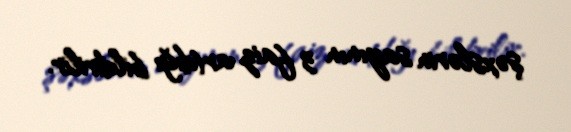
şəxslərin sayının 3 faiz artdığı bildirilir.